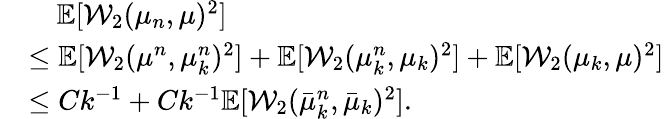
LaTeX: \begin{array}{rl}&{\quad\mathbb{E}[\mathcal{W}_{2}(\mu_{n},\mu)^{2}]}\\ &{\leq\mathbb{E}[\mathcal{W}_{2}(\mu^{n},\mu_{k}^{n})^{2}]+\mathbb{E}[\mathcal{W}_{2}(\mu_{k}^{n},\mu_{k})^{2}]+\mathbb{E}[\mathcal{W}_{2}(\mu_{k},\mu)^{2}]}\\ &{\leq Ck^{-1}+Ck^{-1}\mathbb{E}[\mathcal{W}_{2}(\bar{\mu}_{k}^{n},\bar{\mu}_{k})^{2}].}\end{array}